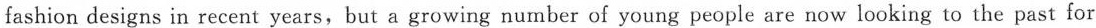
fashion designs in recent years, but a growing number of young people are now looking to the past for